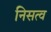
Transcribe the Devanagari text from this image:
निसत्व